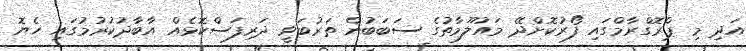
އަދި މި ޕްރޮގްރާމްގައި ފޯރުކޮށްދޭ މައުލޫމާތުގެ ސަބަބުން ތަރުބަވީ ދަރިފަސްކޮޅެއް އާބާދުކުރުމުގައި ހެޔޮ